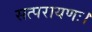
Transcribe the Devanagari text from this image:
सत्परायणः।